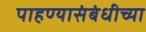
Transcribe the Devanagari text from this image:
पाहण्यासंबंधीच्या